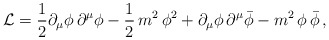
\begin{align*}{\cal L} = \frac{1}{2}{\partial}_{\mu} \phi\, {\partial}^{\mu} \phi- \frac{1}{2}\,m^2\, \phi^2 + {\partial}_{\mu} \phi\, {\partial}^{\mu} {\bar\phi}- m^2\,\phi\,{\bar\phi} \, ,\end{align*}